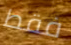
فقط